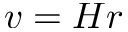
v = H r